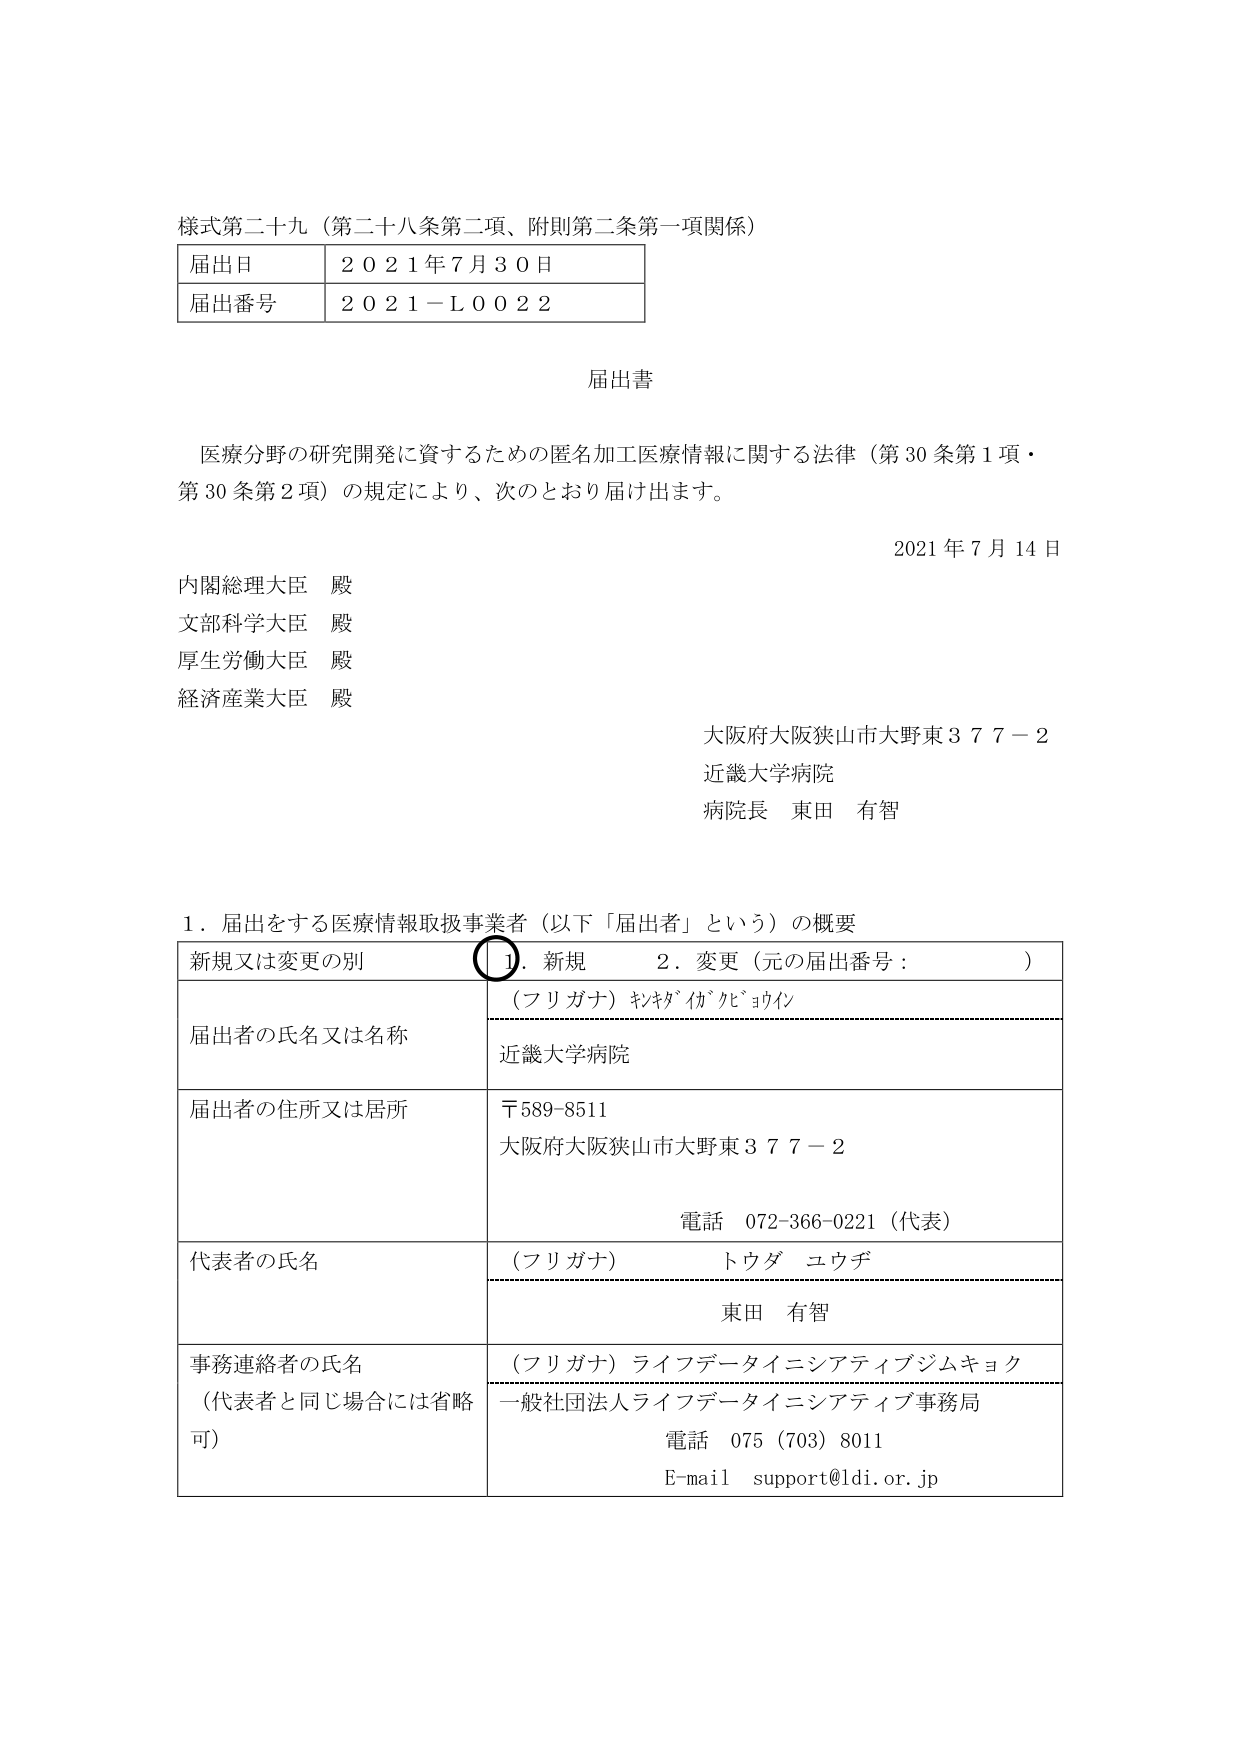
様式第二十九（第二十八条第二項、附則第二条第一項関係）

届出日　２０２１年７月３０日
届出番号　２０２１－Ｌ００２２

届出書

医療分野の研究開発に資するための匿名加工医療情報に関する法律（第30条第1項・第30条第2項）の規定により、次のとおり届け出ます。

2021年7月14日

内閣総理大臣　殿
文部科学大臣　殿
厚生労働大臣　殿
経済産業大臣　殿

大阪府大阪狭山市大野東３７７－２
近畿大学病院
病院長　東田　有智

１．届出をする医療情報取扱事業者（以下「届出者」という）の概要

新規又は変更の別　　○１．新規　　２．変更（元の届出番号：　　　　）

届出者の氏名又は名称
（フリガナ）きんきだいがくびょういん
近畿大学病院

届出者の住所又は居所
〒589-8511
大阪府大阪狭山市大野東３７７－２
電話　072-366-0221（代表）

代表者の氏名
（フリガナ）　トウダ　ユウチ
東田　有智

事務連絡者の氏名
（代表者と同じ場合には省略可）
（フリガナ）ライフデータイニシアティブジムキョク
一般社団法人ライフデータイニシアティブ事務局
電話　075（703）8011
E-mail　support@ldi.or.jp